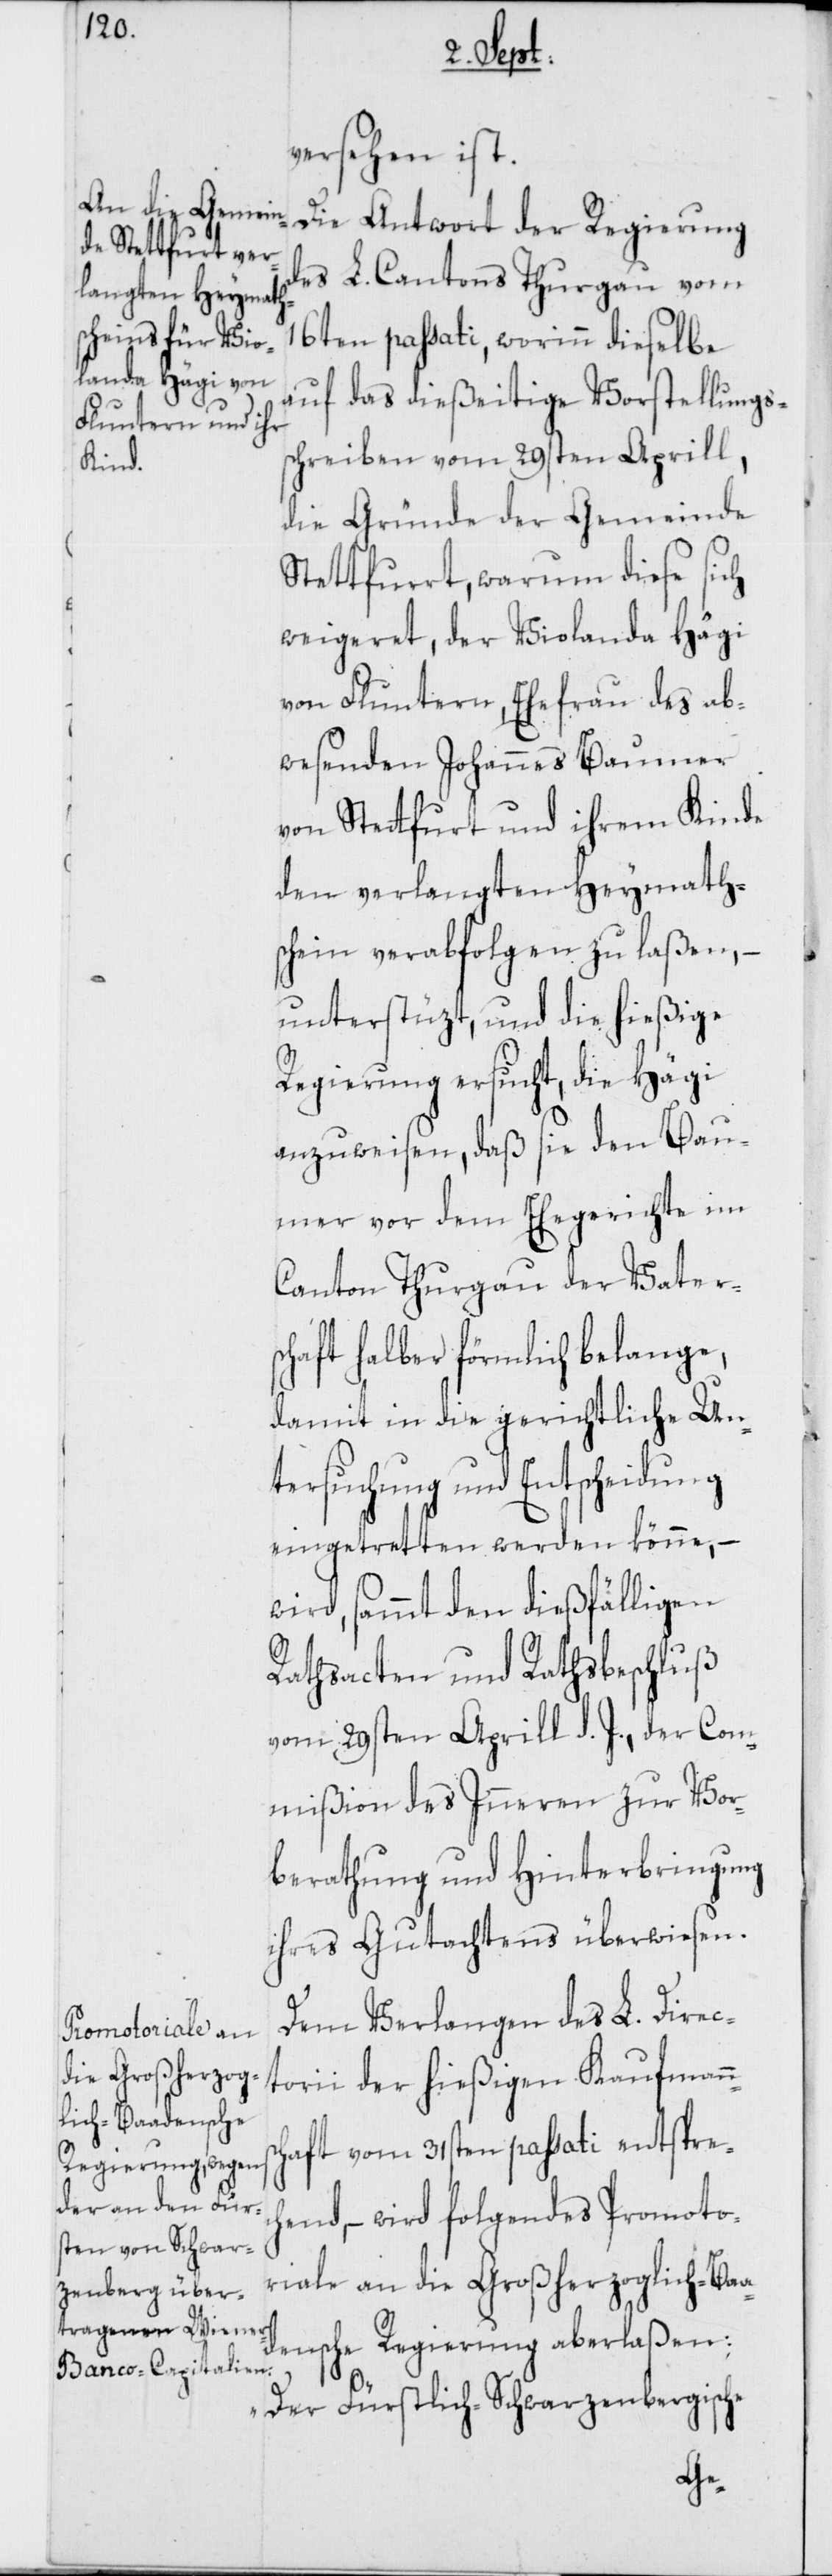
versehen ist.
Die Antwort der Regierung
des L. Cantons Thurgau vom
16ten passati, worinn dieselbe
auf das dießeitige Vorstellungss¬
chreiben vom 29sten Aprill,
die Gründe der Gemeinde
weigeret, der Violanda Hägi
von Fluntern, Ehefrau des ab¬
wesenden Johannes Baumer
von Stettfurt und ihrem Kinde
den verlangten Heymath¬
schein verabfolgen zu laßen, –
unterstüzt, und die hießige
Regierung ersucht, die Hägi
anzuweisen, daß sie den Bau¬
mer vor dem Ehegerichte im
Canton Thurgau der Vater¬
schaft halber förmlich belange,
damit in die gerichtliche Un¬
tersuchung und Entscheidung
eingetretten werden könne, –
wird, sammt den dießfälligen
Rathsacten und Rathsbeschluß
vom 29sten Aprill d. J., der Com¬
mißion des Inneren zur Vor¬
berathung und Hinterbringung
ihres Gutachtens überwiesen.
Dem Verlangen des L. Direc¬
torii der hießigen Kaufmanns¬
chaft vom 31sten passati entsprech¬
end, – wird folgendes Promoto¬
riale an die Großherzoglich-Baa¬
densche Regierung aberlaßen:
„Der Fürstlich-Schwarzenbergische